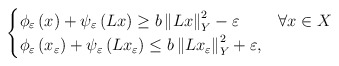
\begin{align*}\begin{cases}\phi_\varepsilon\left(x\right)+\psi_\varepsilon\left(Lx\right) \geq b \left\Vert Lx\right\Vert _{Y}^{2}-\varepsilon & \forall x\in X\\\phi_\varepsilon\left(x_\varepsilon\right)+\psi_\varepsilon\left(Lx_\varepsilon \right) \leq b \left\Vert Lx_\varepsilon\right\Vert _{Y}^{2}+\varepsilon,\end{cases}\end{align*}